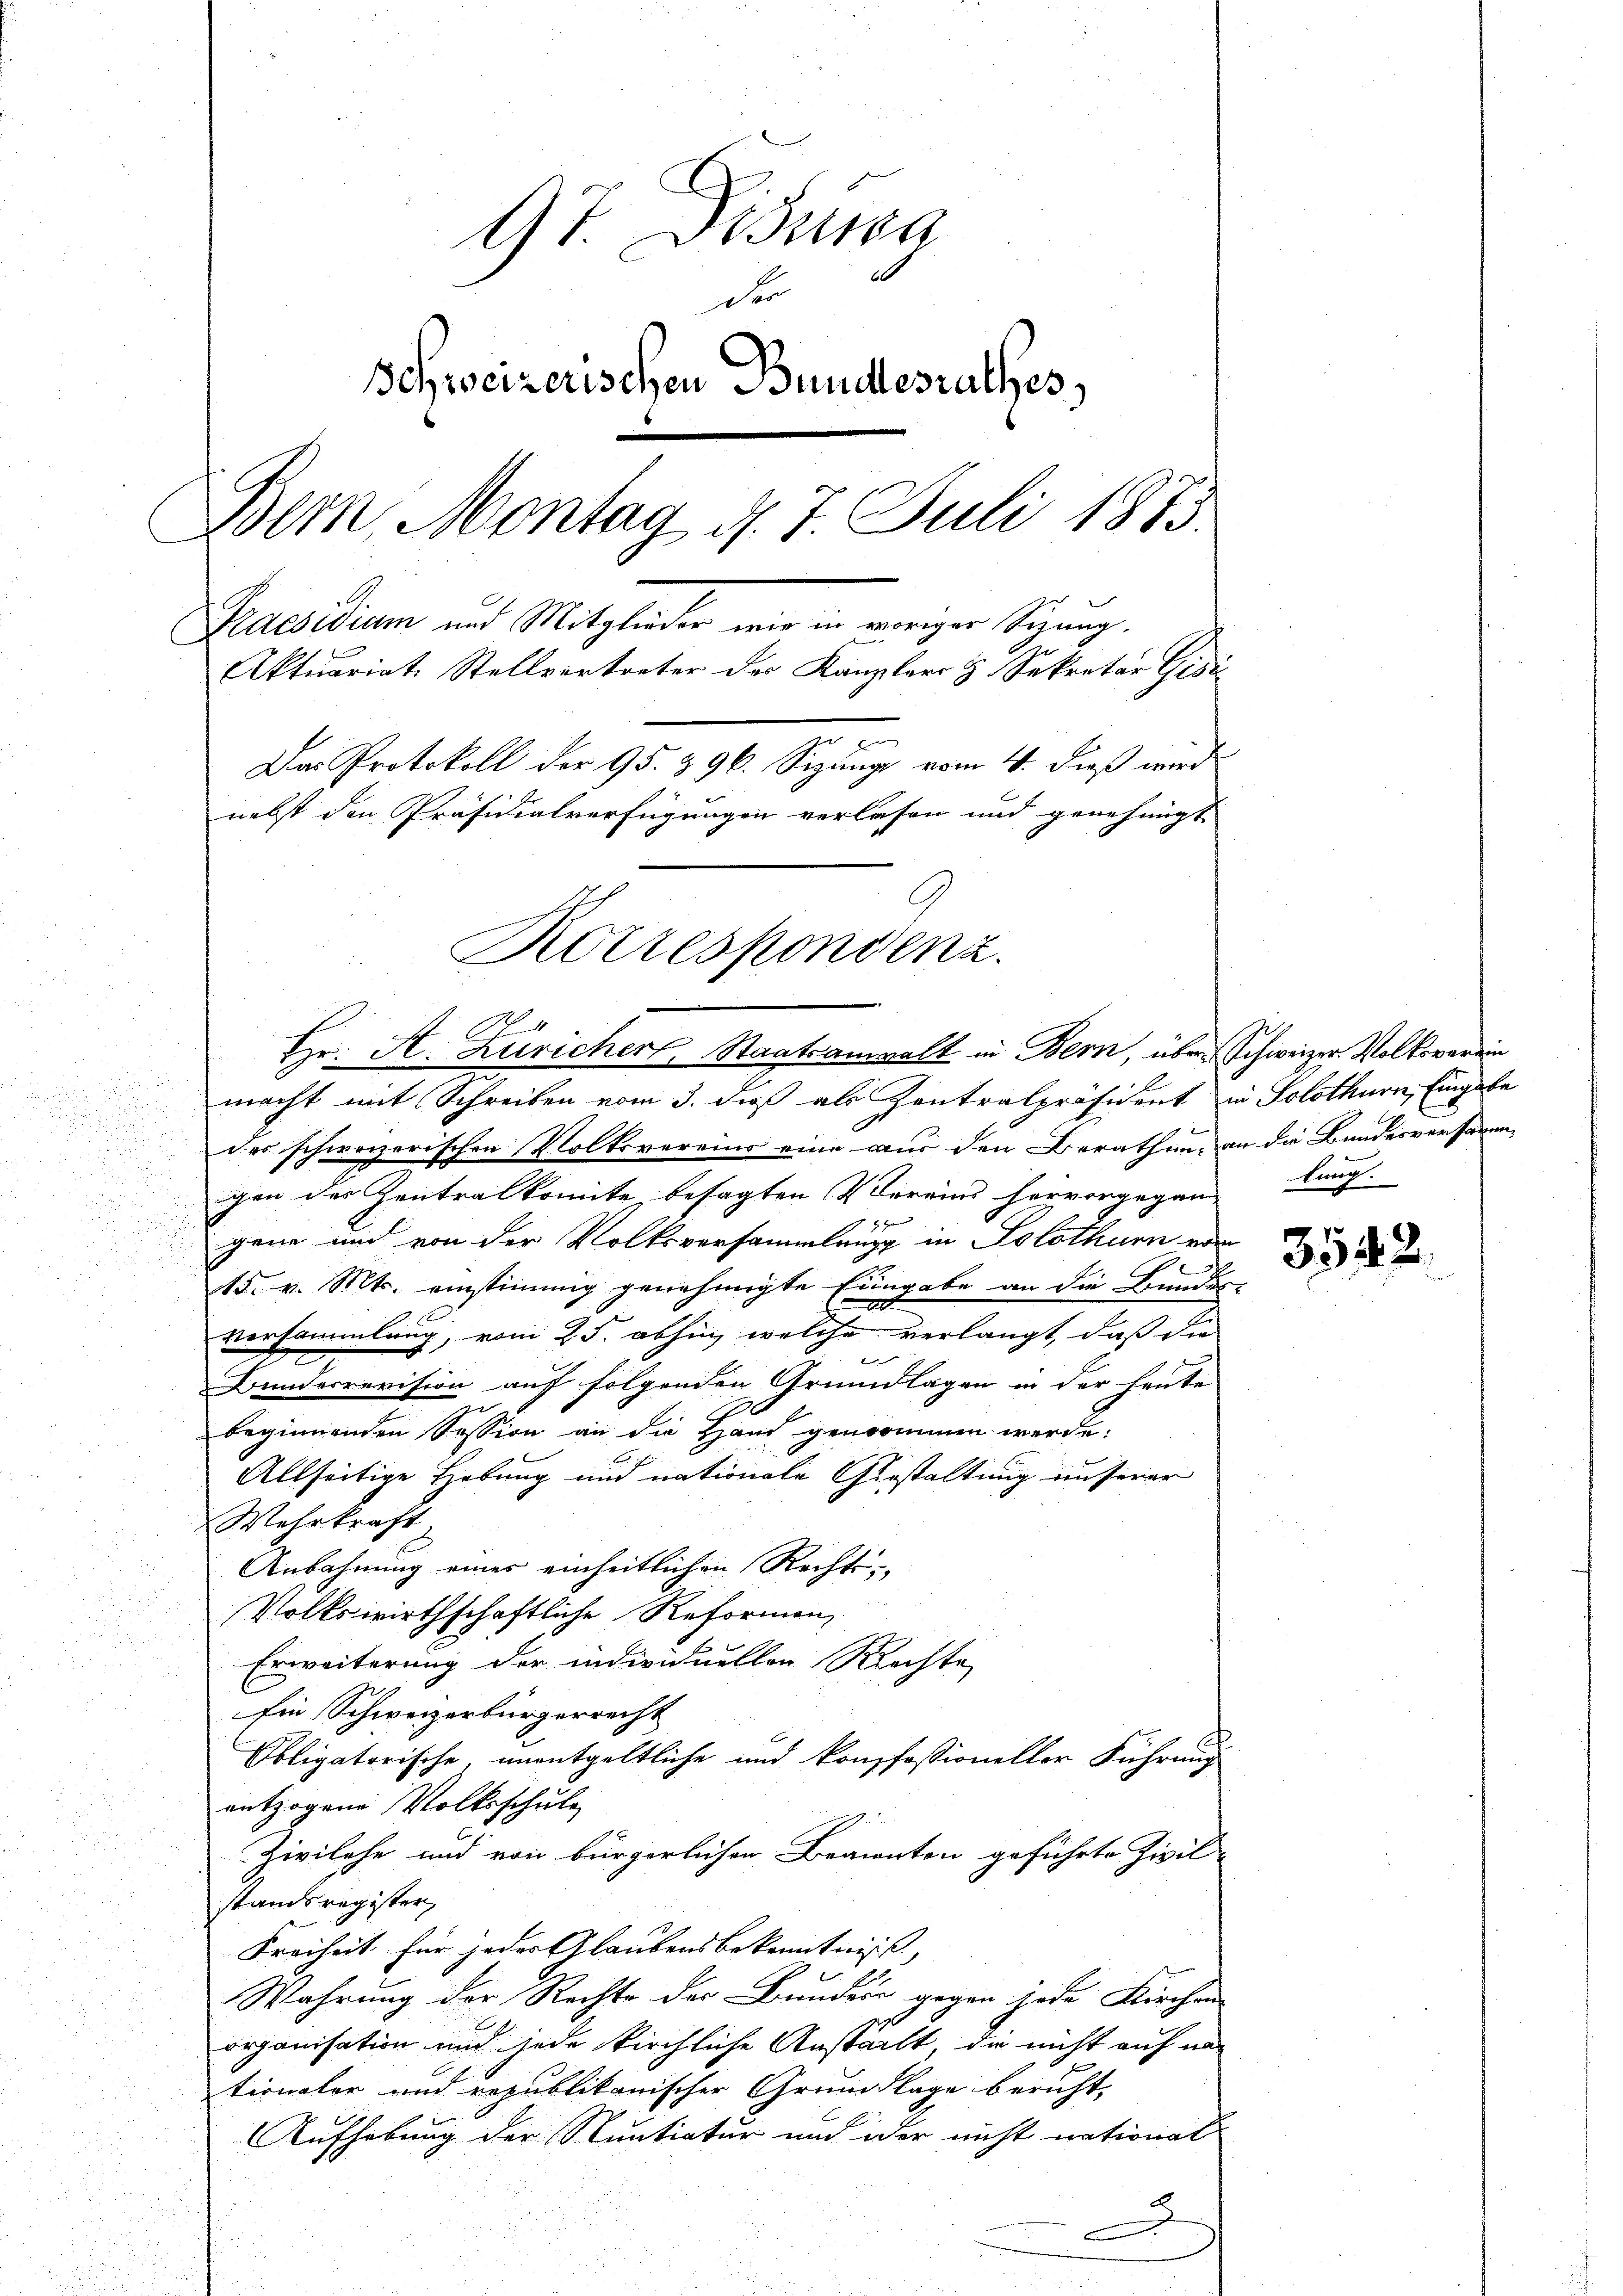
17. Susa
Der
Schweizerischen Bundesrathes,
Bern, Montag d. 7. Juli 1873.
Paesidium aut Mitglieder wir in vorigen Sitzung.
Aktuariat Stellvertreter der Kanzlers & Sekretär Gisis
Das Protokoll der 95. & 96. Sizung vom 4. dieß wird
nebst den Präsidialverfügungen verlesen und genehmigt

Korrespondenz.
2
Hr. A. Zuricher, Staatsanwalt in Bern, über Schweizer Volksverein

d
macht mit Schreiben vom 3. dieß als Zentralpräsident in Solothurn, Eingabe
.
des schweizerischen Volksvereins eine aus den Berathung an die Bundesversamm-
d
gen der Zentralkomite, besagten Vereins hervorgegann Lung

d

gene und von der Volksversammlung in Solothurn von
15. v. Mts. einstimmig genehmigte Eingabe an die Bundes
Versammlung, vom 25. abhin, welche verlangt, daß die
f
e
Bunderrevision auf folgenden Grundlagen in der heute
beginnenden Session an die Hand genommen werde.
Allseitige Hebung und nationale Gestaltung unserer
Wehrkraft
Anbahnung einer einheitlichen Rechts¬
Volkswirthschaftliche Reformen,
Erweiterung der individuellen Rechte
Ein Schweizerbürgerrecht
Obligatorische unentgeltliche und konfessioneller Führung
entzogene Volksschule
Zivilehe und von bürgerlichen Beanten geführte Zivil
standsregister
Freiheit für jeder Glaubensbekenntniss. |
Wahrung der Rechte der Bunders gegen jede Kirchen
organisation und jede kirchliche Anstalt, die nicht auf na
tionaler und republikanischer Grundlage beruht,
Aufhebung der Nuntiatur und oder nicht national-

7

3542.